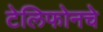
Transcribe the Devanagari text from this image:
टेलिफोनचे